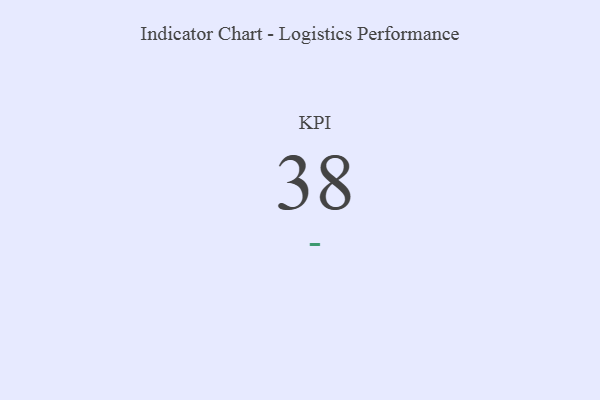
{"axis": {"x": "KPI", "y": "Value"}, "legend": [""], "data": [{"x": "KPI", "y": 38, "type": ""}]}